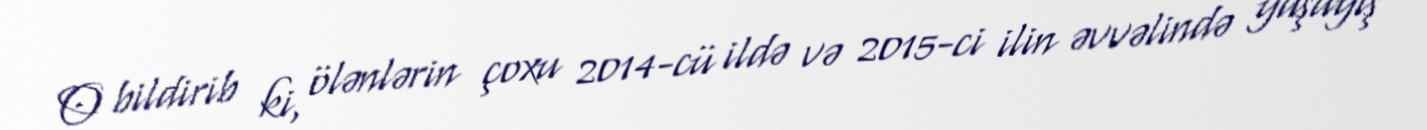
O bildirib ki, ölənlərin çoxu 2014-cü ildə və 2015-ci ilin əvvəlində yaşayış